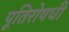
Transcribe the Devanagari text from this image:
पूतिरोषधी